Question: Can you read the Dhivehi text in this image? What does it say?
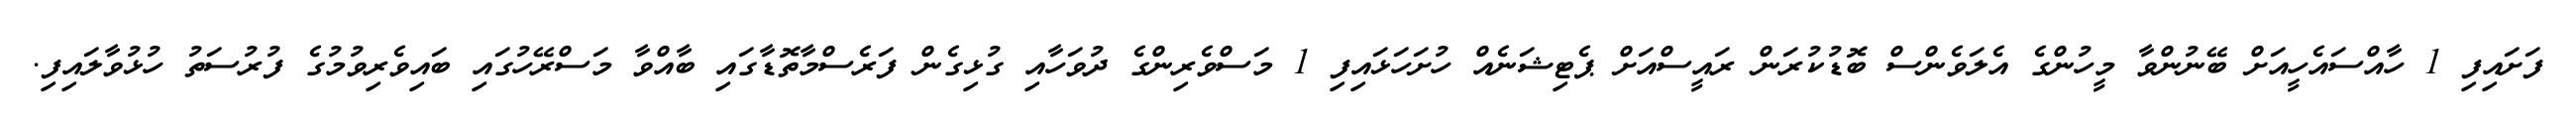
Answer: ފަށައިފި 1 ހާއްސައެހީއަށް ބޭނުންވާ މީހުންގެ އެލަވެންސް ބޮޑުކުރަން ރައީސްއަށް ޕެޓިޝަނެއް ހުށަހަޅައިފި 1 މަސްވެރިންގެ ދުވަހާއި ގުޅިގެން ފަރެސްމާތޮޑާގައި ބާއްވާ މަސްރޭހުގައި ބައިވެރިވުމުގެ ފުރުސަތު ހުޅުވާލައިފި.